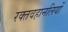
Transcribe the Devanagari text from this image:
रक्तवहानलियों